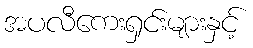
အပလီကေးရှင်းများနှင့်